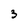
Character: 3